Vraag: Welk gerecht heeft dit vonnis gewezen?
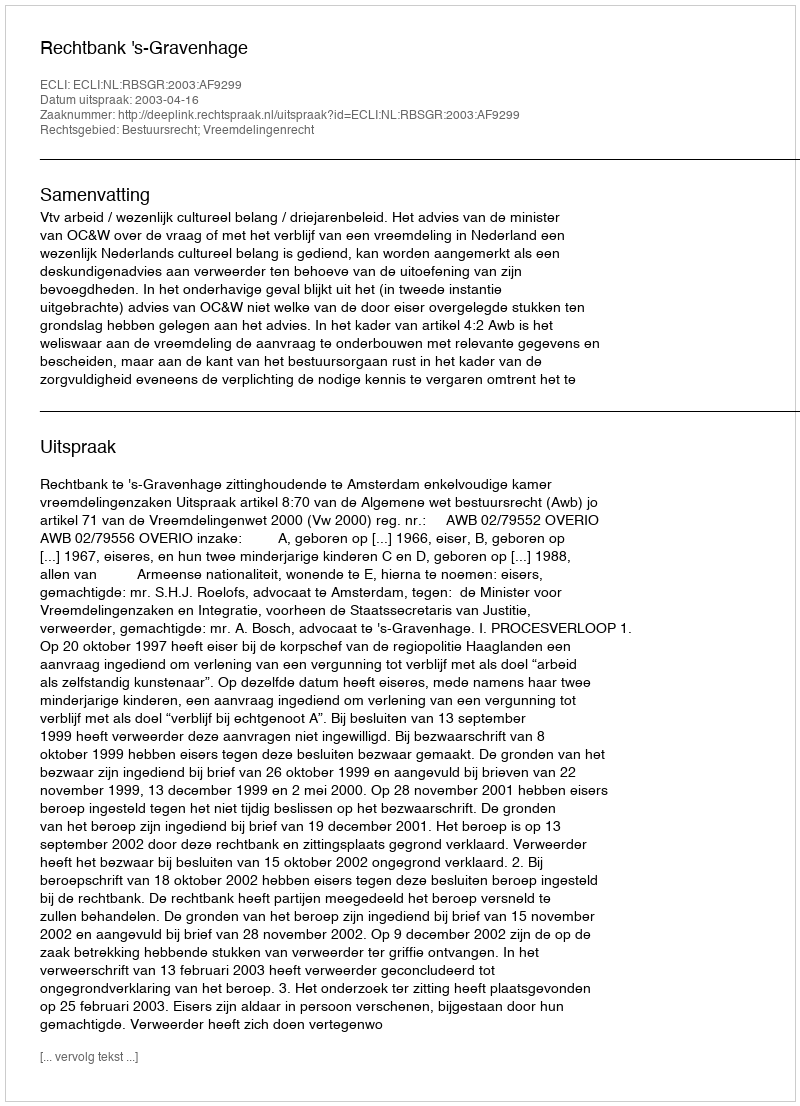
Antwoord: Rechtbank 's-Gravenhage